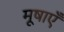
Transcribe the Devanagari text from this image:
मूषाएँ